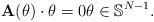
LaTeX: \begin{align*} {\mathbf{A}}(\theta)\cdot\theta=0 \theta\in {\mathbb{S}}^{N-1}.\end{align*}